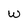
Character: w